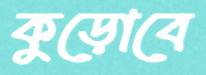
কুড়োবে